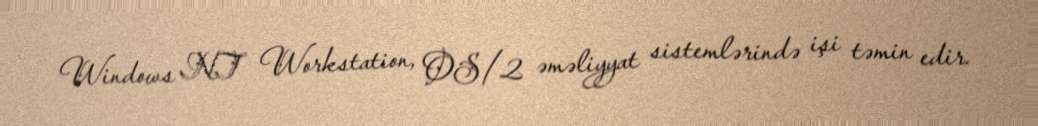
Windows NT Workstation, OS/2 əməliyyat sistemlərində işi təmin edir.